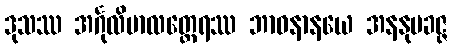
ဒုသဿ အင်္ဂုလိမာလတ္ထေရဿ ဘာဝနာနယေ အနနုပခဇ္ဇ